Insane asylums in Bengal annual reports 1876-1887 - 1876-1887
Year: 1876
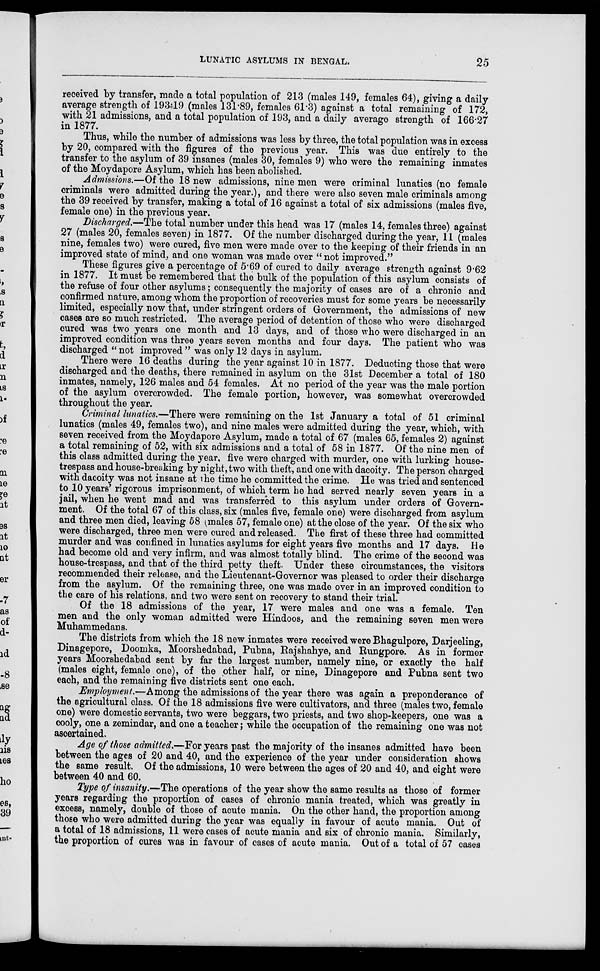
LUNATIC ASYLUMS IN BENGAL.
25
received by transfer, made a total population of 213 (males 149, females 64), giving a daily
average strength of 193.19 (males 131.89, females 61.3) against a total remaining of 172,
with 21 admissions, and a total population of 193, and a daily average strength of 166.27
in 1877.
Thus, while the number of admissions was less by three, the total population was in excess
by 20, compared with the figures of the previous year. This was due entirely to the
transfer to the asylum of 39 insanes (males 30, females 9) who were the remaining inmates
of the Moydapore Asylum, which has been abolished.
Admissions.—Of the 18 new admissions, nine men were criminal lunatics (no female
criminals were admitted during the year.), and there were also seven male criminals among
the 39 received by transfer, making a total of 16 against a total of six admissions (males five,
female one) in the previous year.
Discharged.—The total number under this head was 17 (males 14, females three) against
27 (males 20, females seven) in 1877. Of the number discharged during the year, 11 (males
nine, females two) were cured, five men were made over to the keeping of their friends in an
improved state of mind, and one woman was made over “ not improved.”
These figures give a percentage of 5.69 of cured to daily average strength against 9.62
in 1877. It must be remembered that the bulk of the population of this asylum consists of
the refuse of four other asylums; consequently the majority of cases are of a chronic and
confirmed nature, among whom the proportion of recoveries must for some years be necessarily
limited, especially now that, under stringent orders of Government, the admissions of new
cases are so much restricted. The average period of detention of those who were discharged
cured was two years one month and 13 days, and of those who were discharged in an
improved condition was three years seven months and four days. The patient who was
discharged “ not improved ” was only 12 days in asylum.
There were 16 deaths during the year against 10 in 1877. Deducting those that were
discharged and the deaths, there remained in asylum on the 31st December a total of 180
inmates, namely, 126 males and 54 females. At no period of the year was the male portion
of the asylum overcrowded. The female portion, however, was somewhat overcrowded
throughout the year.
Criminal lunatics.—There were remaining on the 1st January a total of 51 criminal
lunatics (males 49, females two), and nine males were admitted during the year, which, with
seven received from the Moydapore Asylum, made a total of 67 (males 65, females 2) against
a total remaining of 52, with six admissions and a total of 58 in 1877. Of the nine men of
this class admitted during the year, five were charged with murder, one with lurking house-
trespass and house-breaking by night, two with theft, and one with dacoity. The person charged
with dacoity was not insane at the time he committed the crime. He was tried and sentenced
to 10 years' rigorous imprisonment, of which term he had served nearly seven years in a
jail, when he went mad and was transferred to this asylum under orders of Govern-
ment. Of the total 67 of this class, six (males five, female one) were discharged from asylum
and three men died, leaving 58 (males 57, female one) at the close of the year. Of the six who
were discharged, three men were cured and released. The first of these three had committed
murder and was confined in lunatics asylums for eight years five months and 17 days. He
had become old and very infirm, and was almost totally blind. The crime of the second was
house-trespass, and that of the third petty theft. Under these circumstances, the visitors
recommended their release, and the Lieutenant-Governor was pleased to order their discharge
from the asylum. Of the remaining three, one was made over in an improved condition to
the care of his relations, and two were sent on recovery to stand their trial.
Of the 18 admissions of the year, 17 were males and one was a female. Ten
men and the only woman admitted were Hindoos, and the remaining seven men were
Muhammedans.
The districts from which the 18 new inmates were received were Bhagulpore, Darjeeling,
Dinagepore, Doomka, Moorshedabad, Pubna, Rajshahye, and Rungpore. As in former
years Moorshedabad sent by far the largest number, namely nine, or exactly the half
(males eight, female one), of the other half, or nine, Dinagepore and Pubna sent two
each, and the remaining five districts sent one each.
Employment.—Among the admissions of the year there was again a preponderance of
the agricultural class. Of the 18 admissions five were cultivators, and three (males two, female
one) were domestic servants, two were beggars, two priests, and two shop-keepers, one was a
cooly, one a zemindar, and one a teacher; while the occupation of the remaining one was not
ascertained.
Age of those admitted.—For years past the majority of the insanes admitted have been
between the ages of 20 and 40, and the experience of the year under consideration shows
the same result. Of the admissions, 10 were between the ages of 20 and 40, and eight were
between 40 and 60.
Type of insanity.—The operations of the year show the same results as those of former
years regarding the proportion of cases of chronic mania treated, which was greatly in
excess, namely, double of those of acute mania. On the other hand, the proportion among
those who were admitted during the year was equally in favour of acute mania. Out of
a total of 18 admissions, 11 were cases of acute mania and six of chronic mania. Similarly,
the proportion of cures was in favour of cases of acute mania. Out of a total of 57 cases